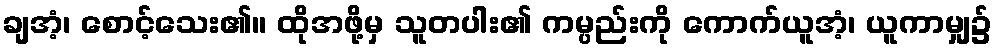
ချအံ့၊ စောင့်သေး၏။ ထိုအဖို့မှ သူတပါး၏ ကမ္ပည်းကို ကောက်ယူအံ့၊ ယူကာမျှ၌